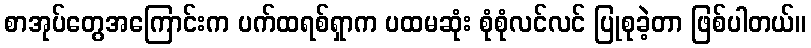
စာအုပ်တွေအကြောင်းက ပက်ထရစ်ရှာက ပထမဆုံး စုံစုံလင်လင် ပြုစုခဲ့တာ ဖြစ်ပါတယ်။